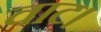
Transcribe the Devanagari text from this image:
वाट।